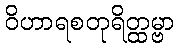
ဝိဟာရစတုရိတ္ထမ္ဗာ